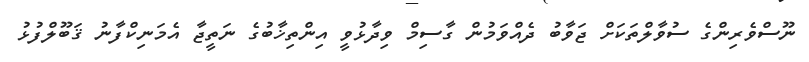
ނޫސްވެރިންގެ ސުވާލްތަކަށް ޖަވާބު ދެއްވަމުން ގާސިމް ވިދާޅުވީ އިންތިޚާބުގެ ނަތީޖާ އެމަނިކްފާނު ޤަބޫލްފުޅު